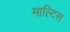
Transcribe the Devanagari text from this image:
माल्टिस